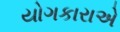
યોગકારાએ